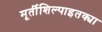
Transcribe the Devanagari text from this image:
मूर्तीशिल्पाइतक्या